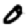
Digit: 0